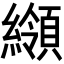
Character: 𦆺